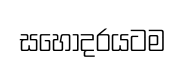
සහෝදරයටම